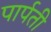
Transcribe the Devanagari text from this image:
पार्पती